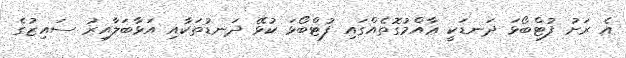
އެ ރަށު ފުޓްބޯޅަ ދަނޑަކީ ޢާއްމުގޮތެއްގައި ފުޓްބޯޅަ ކުޅޭ ދަނޑުތަކާއި އަޅާބަލާއިރު ސައިޒުގެ